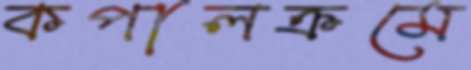
কপালক্রমে